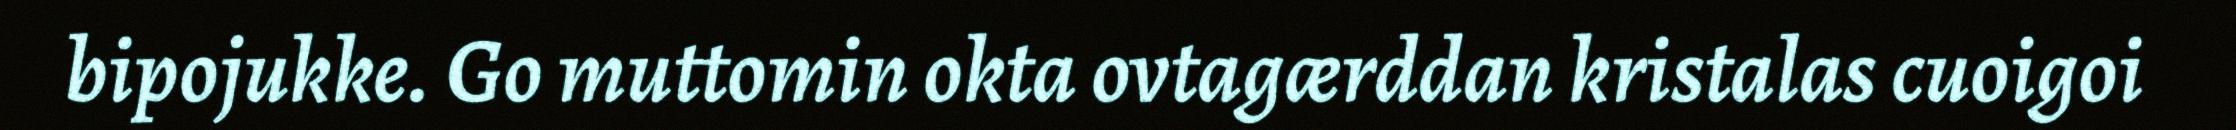
bipojukke. Go muttomin okta ovtagærddan kristalas cuoigoi